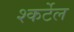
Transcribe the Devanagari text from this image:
श्कर्टेल